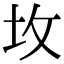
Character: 坆